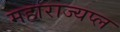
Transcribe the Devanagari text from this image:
महाराज्यप्ल